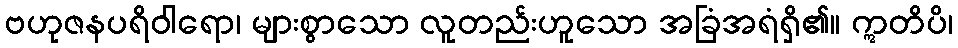
ဗဟုဇနပရိဝါရော၊ များစွာသော လူတည်းဟူသော အခြံအရံရှိ၏။ ဣတိပိ၊